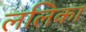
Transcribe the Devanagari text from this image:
ललिका